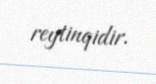
reytinqidir.